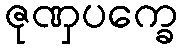
ဇုဏှပက္ခေ